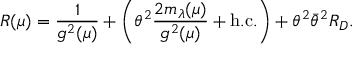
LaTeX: R ( \mu ) = \frac { 1 } { g ^ { 2 } ( \mu ) } + \left( \theta ^ { 2 } \frac { 2 m _ { \lambda } ( \mu ) } { g ^ { 2 } ( \mu ) } + \mathrm { h . c . } \right) + \theta ^ { 2 } \bar { \theta } ^ { 2 } R _ { D } .